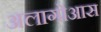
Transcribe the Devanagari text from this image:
अलागोआस